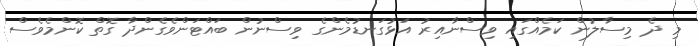
މި ދެ މިސާލުން ކަމެއްގައި ވިސްނާއިރު އަޅުގަނޑުމެންގެ ވިސްނުން ބައްޓަންވެގެންދާ ގޮތް ކޮންމެވެސް